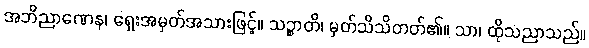
အဘိညာဏေန၊ ရှေးအမှတ်အသားဖြင့်။ သဉ္စာတိ၊ မှတ်သိသိတတ်၏။ သာ၊ ထိုသညာသည်။